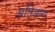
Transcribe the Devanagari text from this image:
प्रतिज्ञाय